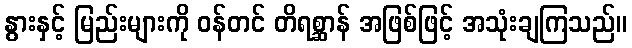
နွားနှင့် မြည်းများကို ဝန်တင် တိရစ္ဆာန် အဖြစ်ဖြင့် အသုံးချကြသည်။